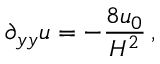
\partial _ { y y } u = - { \frac { 8 u _ { 0 } } { H ^ { 2 } } } \, ,